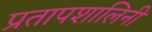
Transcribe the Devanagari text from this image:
प्रतापशालिनी